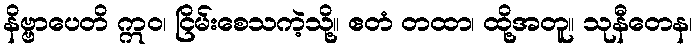
နိဗ္ဗာပေတိ ဣဝ၊ ငြိမ်းစေသကဲ့သို့။ ဧတံ တထာ၊ ထို့အတူ။ သုနီတေန၊